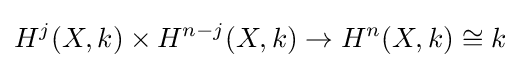
H^{j}(X,k)\times H^{n-j}(X,k)\to H^{n}(X,k)\cong k